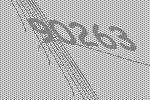
90263